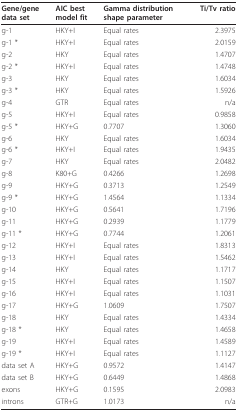
<table><thead><tr><td><b>Gene/genedata set</b></td><td><b>AIC bestmodel fit</b></td><td><b>Gamma distributionshape parameter</b></td><td><b>Ti/Tv ratio</b></td></tr></thead><tbody><tr><td>g-1</td><td>HKY+I</td><td>Equal rates</td><td>2.3975</td></tr><tr><td>g-1 *</td><td>HKY+I</td><td>Equal rates</td><td>2.0159</td></tr><tr><td>g-2</td><td>HKY</td><td>Equal rates</td><td>1.4707</td></tr><tr><td>g-2 *</td><td>HKY+I</td><td>Equal rates</td><td>1.4748</td></tr><tr><td>g-3</td><td>HKY</td><td>Equal rates</td><td>1.6034</td></tr><tr><td>g-3 *</td><td>HKY</td><td>Equal rates</td><td>1.5926</td></tr><tr><td>g-4</td><td>GTR</td><td>Equal rates</td><td>n/a</td></tr><tr><td>g-5</td><td>HKY+I</td><td>Equal rates</td><td>0.9858</td></tr><tr><td>g-5 *</td><td>HKY+G</td><td>0.7707</td><td>1.3060</td></tr><tr><td>g-6</td><td>HKY</td><td>Equal rates</td><td>1.6034</td></tr><tr><td>g-6 *</td><td>HKY+I</td><td>Equal rates</td><td>1.9435</td></tr><tr><td>g-7</td><td>HKY</td><td>Equal rates</td><td>2.0482</td></tr><tr><td>g-8</td><td>K80+G</td><td>0.4266</td><td>1.2698</td></tr><tr><td>g-9</td><td>HKY+G</td><td>0.3713</td><td>1.2549</td></tr><tr><td>g-9 *</td><td>HKY+G</td><td>1.4564</td><td>1.1334</td></tr><tr><td>g-10</td><td>HKY+G</td><td>0.5641</td><td>1.7196</td></tr><tr><td>g-11</td><td>HKY+G</td><td>0.2939</td><td>1.1779</td></tr><tr><td>g-11 *</td><td>HKY+G</td><td>0.7744</td><td>1.2061</td></tr><tr><td>g-12</td><td>HKY+I</td><td>Equal rates</td><td>1.8313</td></tr><tr><td>g-13</td><td>HKY+I</td><td>Equal rates</td><td>1.5462</td></tr><tr><td>g-14</td><td>HKY</td><td>Equal rates</td><td>1.1717</td></tr><tr><td>g-15</td><td>HKY+I</td><td>Equal rates</td><td>1.1507</td></tr><tr><td>g-16</td><td>HKY+I</td><td>Equal rates</td><td>1.1031</td></tr><tr><td>g-17</td><td>HKY+G</td><td>1.0609</td><td>1.7507</td></tr><tr><td>g-18</td><td>HKY</td><td>Equal rates</td><td>1.4334</td></tr><tr><td>g-18 *</td><td>HKY</td><td>Equal rates</td><td>1.4658</td></tr><tr><td>g-19</td><td>HKY+I</td><td>Equal rates</td><td>1.4589</td></tr><tr><td>g-19 *</td><td>HKY+I</td><td>Equal rates</td><td>1.1127</td></tr><tr><td>data set A</td><td>HKY+G</td><td>0.9572</td><td>1.4147</td></tr><tr><td>data set B</td><td>HKY+G</td><td>0.6449</td><td>1.4868</td></tr><tr><td>exons</td><td>HKY+G</td><td>0.1595</td><td>2.0983</td></tr><tr><td>introns</td><td>GTR+G</td><td>1.0173</td><td>n/a</td></tr></tbody></table>